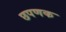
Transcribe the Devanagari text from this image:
छपणक